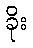
ခိုး